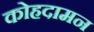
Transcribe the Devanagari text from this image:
कोहदामन